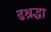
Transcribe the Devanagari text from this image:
ढश्रद्धा